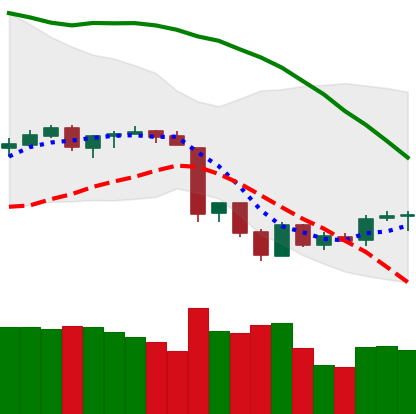
Ticker: BTC-USD
Chart end date: 2018-06-20
Forward return: -7.782%
Label: down_7plus